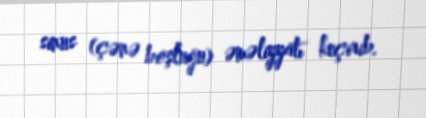
sinus (çənə boşluğu) əməliyyatı keçirib.